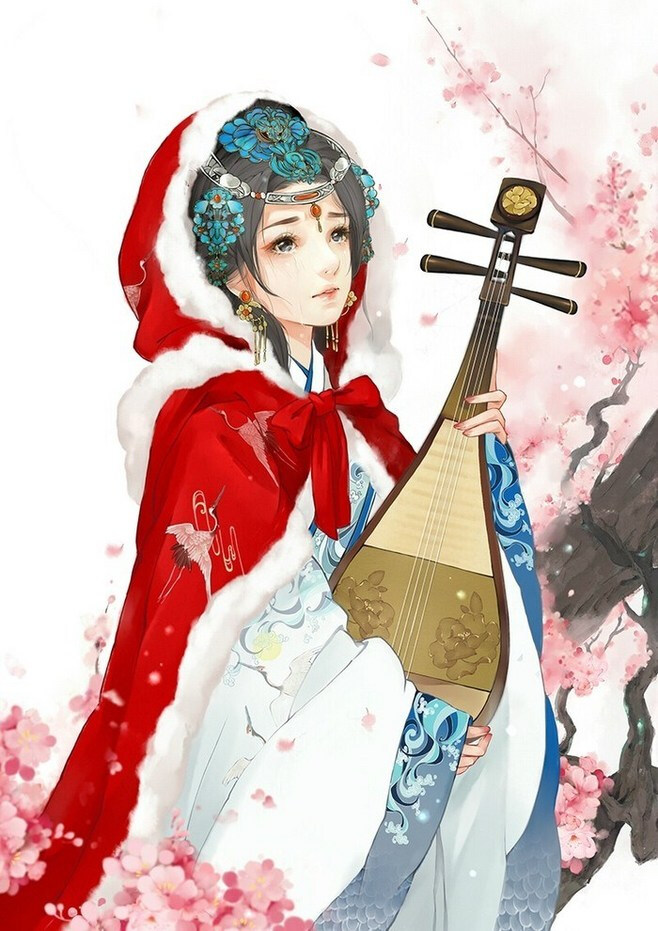
感君缠绵意，系在红罗襦。